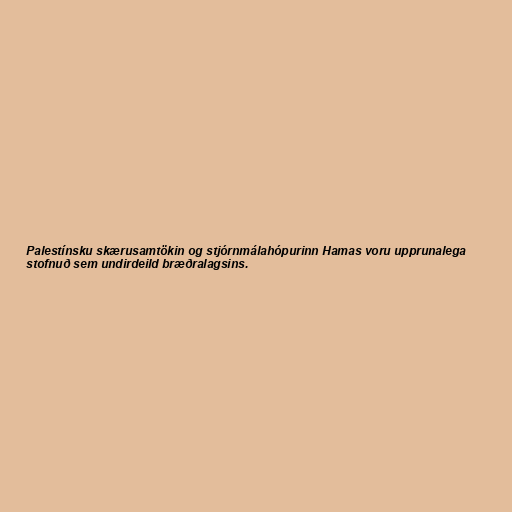
Palestínsku skærusamtökin og stjórnmálahópurinn Hamas voru upprunalega
stofnuð sem undirdeild bræðralagsins.